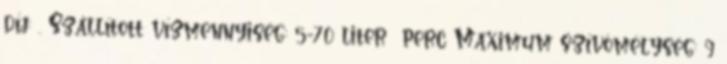
díj: . Szállított vízmennyiség: 5-70 liter perc Maximum szívómélység: 9